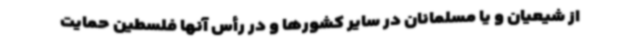
از شیعیان و یا مسلمانان در سایر کشورها و در رأس آنها فلسطین حمایت